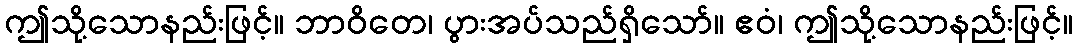
ဤသို့သောနည်းဖြင့်။ ဘာဝိတေ၊ ပွားအပ်သည်ရှိသော်။ ဧဝံ၊ ဤသို့သောနည်းဖြင့်။